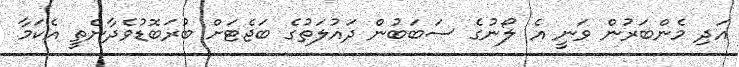
އަދި މެންބަރުން ވަނީ އެ ލޯނުގެ ސަބަބުން ދައުލަތުގެ ބަޖެޓަށް ބުރަބޮޑުވެދާނެތީ އެކަމާ